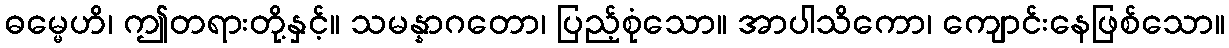
ဓမ္မေဟိ၊ ဤတရားတို့နှင့်။ သမန္နာဂတော၊ ပြည့်စုံသော။ အာပါသိကော၊ ကျောင်းနေဖြစ်သော။